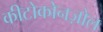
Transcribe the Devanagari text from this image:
कीटोकोनज़ोल